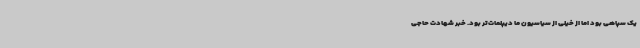
یک سپاهی بود اما از خیلی از سیاسیون ما دیپلمات‌تر بود. خبر شهادت حاجی